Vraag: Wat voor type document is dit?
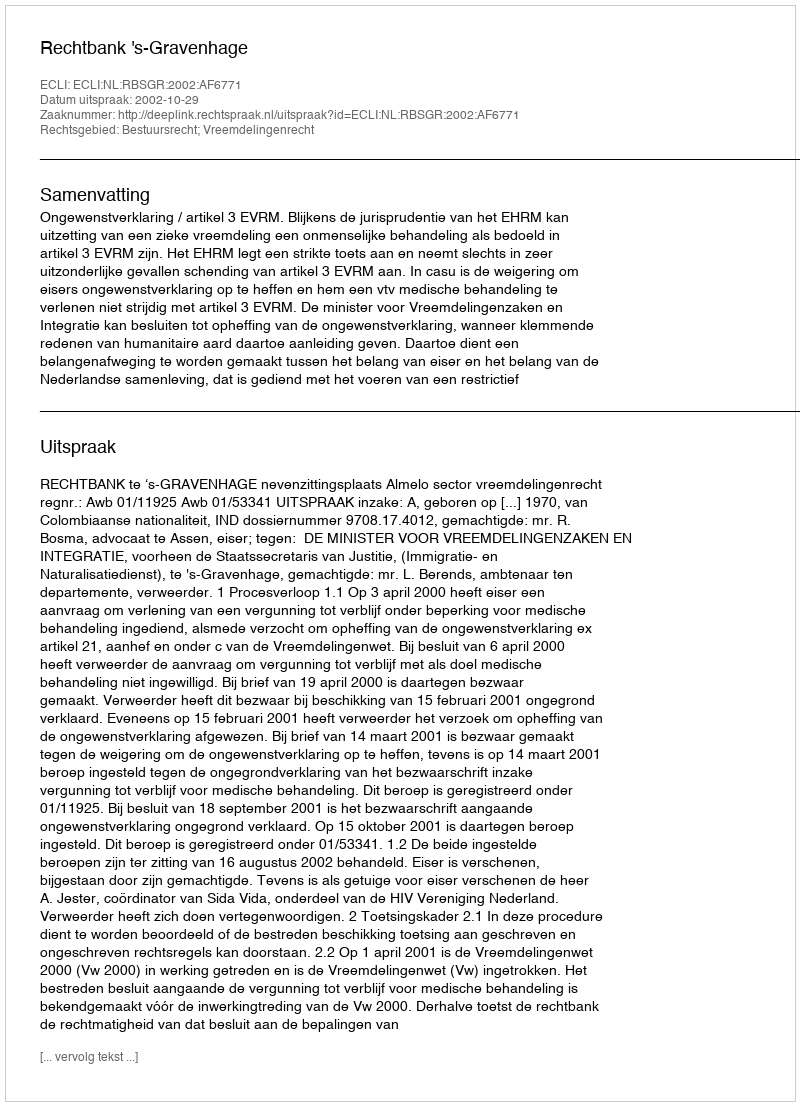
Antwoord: Uitspraak